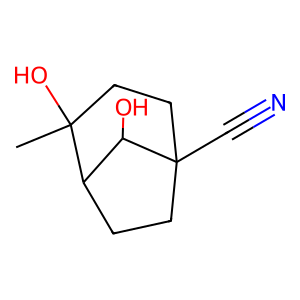
SMILES: CC1(O)CCC2(C#N)CCC1C2O
Inhibits HIV replication: No